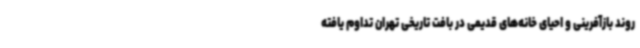
روند بازآفرینی و احیای خانه‌های قدیمی در بافت تاریخی تهران تداوم یافته